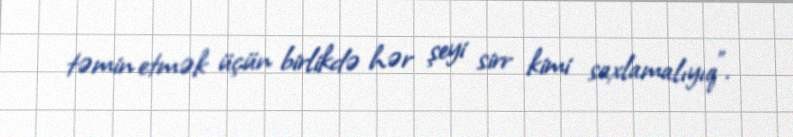
təmin etmək üçün birlikdə hər şeyi sirr kimi saxlamalıyıq”.